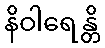
နိဝါရေန္တိ